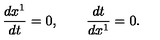
\frac { d x ^ { 1 } } { d t } = 0 , \quad \quad \frac { d t } { d x ^ { 1 } } = 0 .